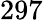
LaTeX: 297